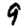
Digit: 9